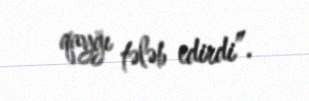
qayğı tələb edirdi”.